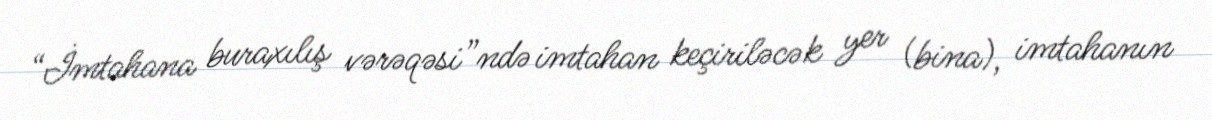
“İmtahana buraxılış vərəqəsi”ndə imtahan keçiriləcək yer (bina), imtahanın